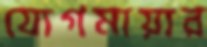
যোগমায়ার